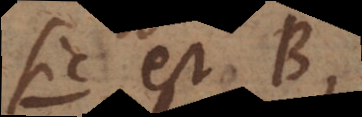
hic est B,